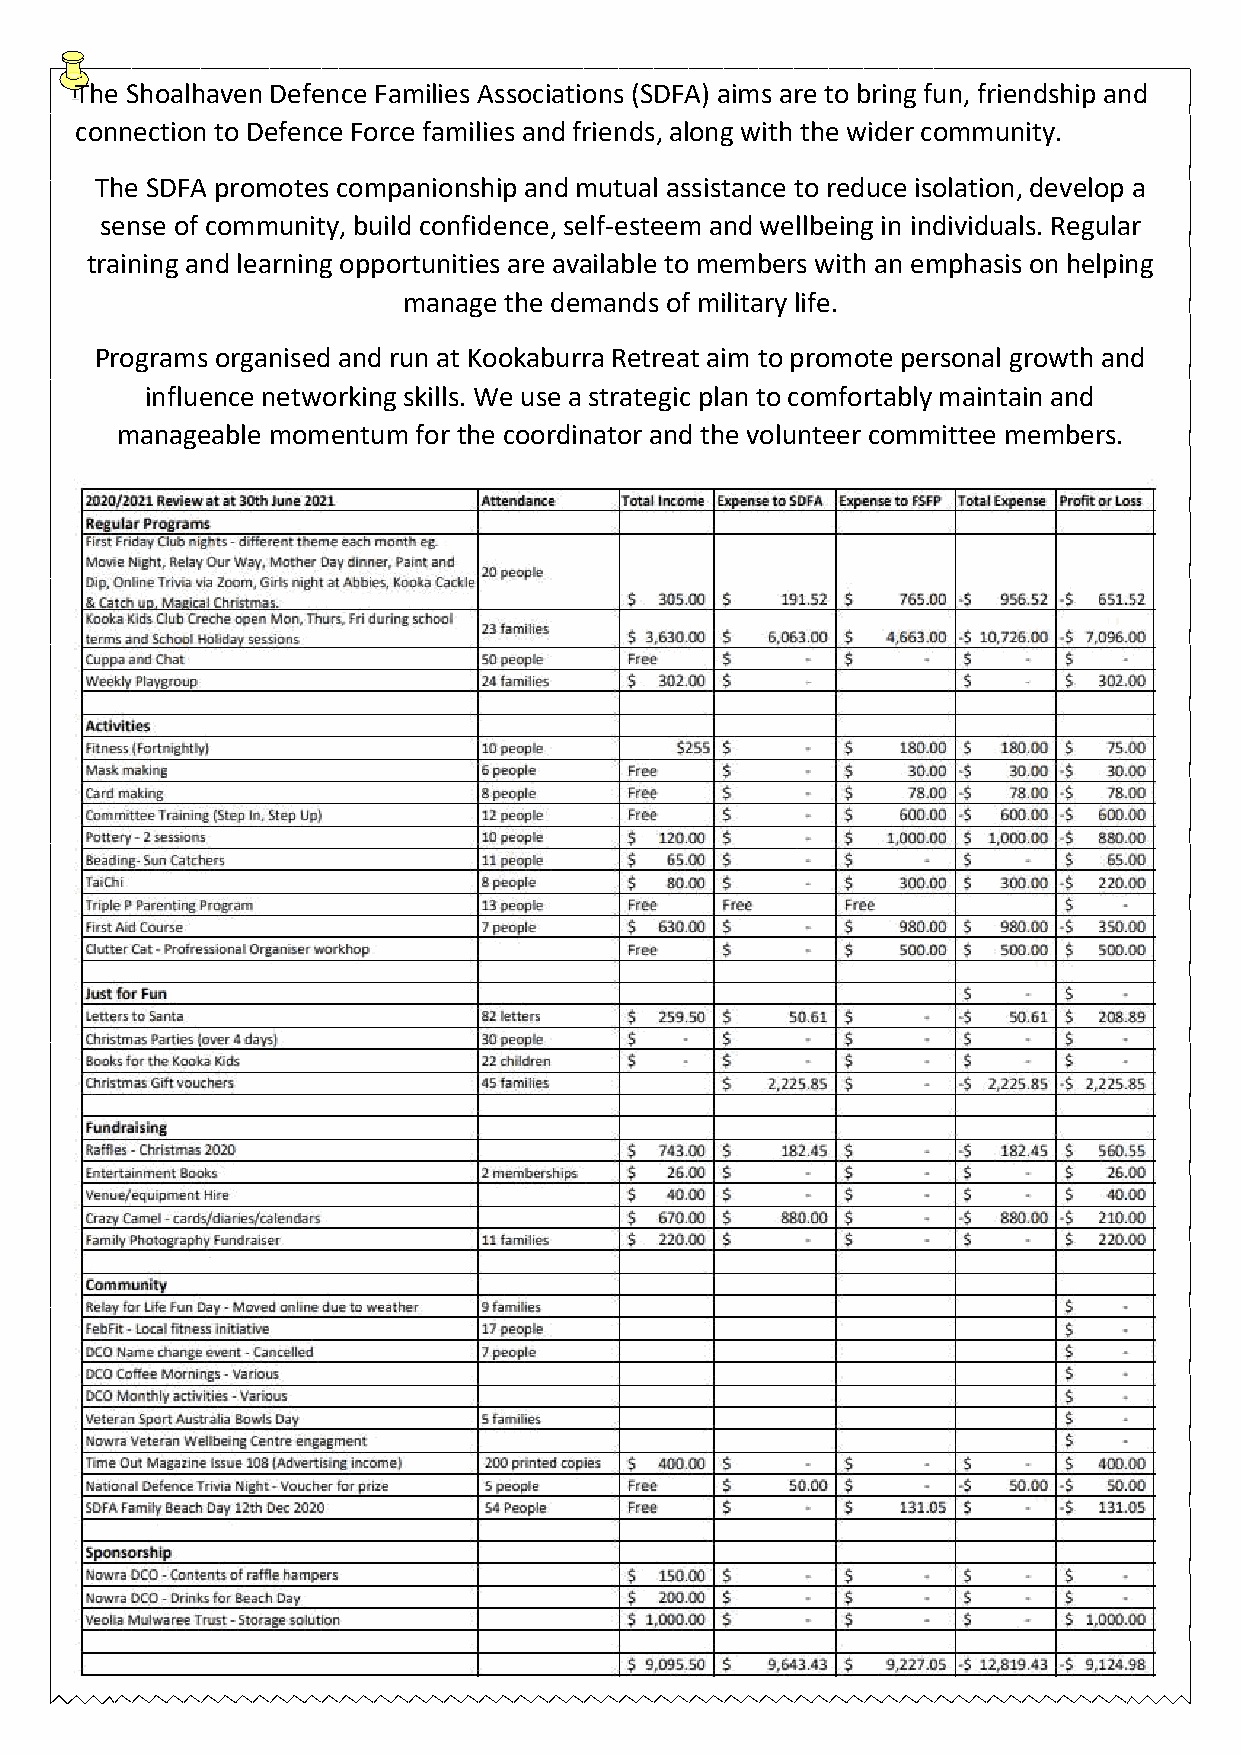
The Shoalhaven Defence Families Associations (SDFA) aims are to bring fun, friendship and
 connection to Defence Force families and friends, along with the wider community.
 The SDFA promotes companionship and mutual assistance to reduce isolation, develop a
 sense of community, build confidence, self-esteem and wellbeing in individuals. Regular
 training and learning opportunities are available to members with an emphasis on helping
 manage the demands of military life.
 Programs organised and run at Kookaburra Retreat aim to promote personal growth and
 influence networking skills. We use a strategic plan to comfortably maintain and
 manageable momentum for the coordinator and the volunteer committee members.